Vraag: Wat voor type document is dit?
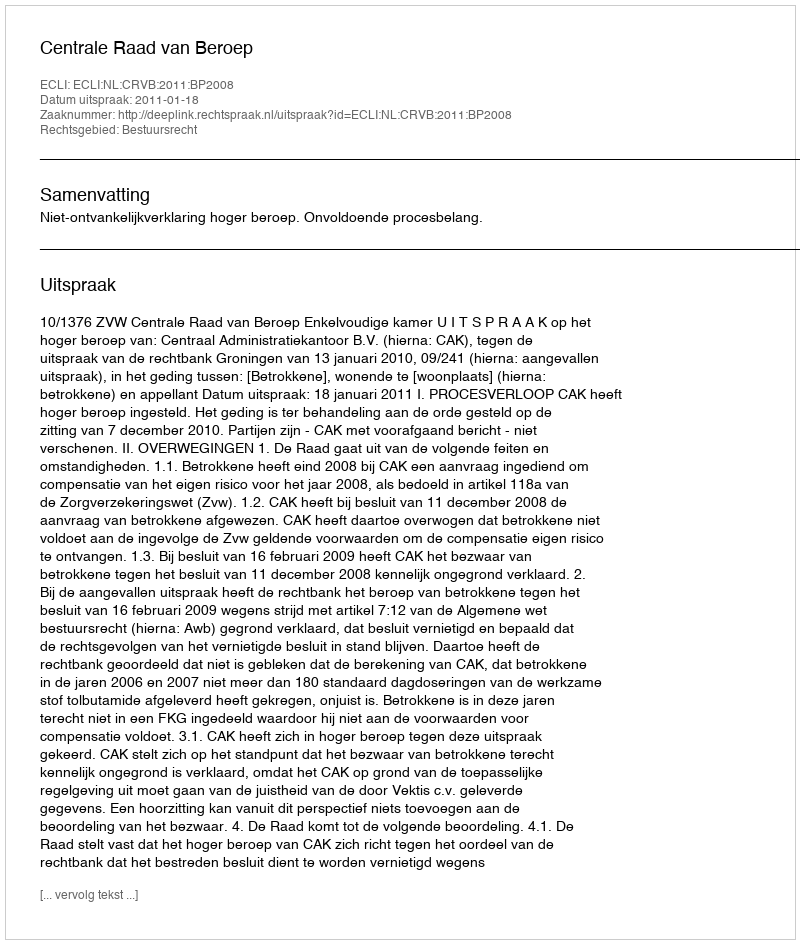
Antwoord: Uitspraak